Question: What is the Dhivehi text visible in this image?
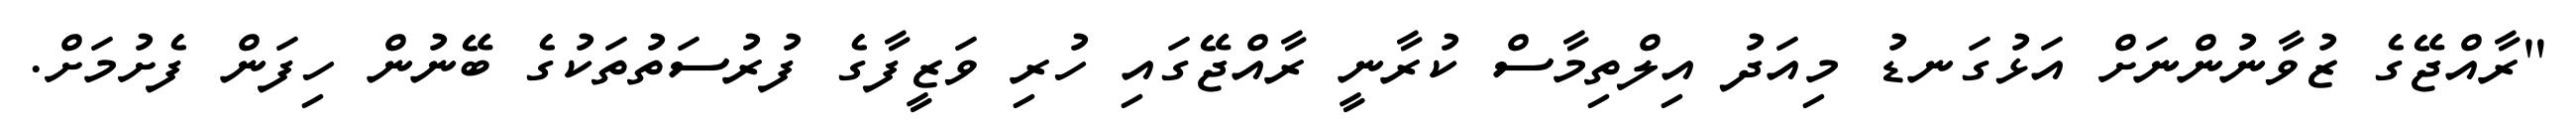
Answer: "ރާއްޖޭގެ ޒުވާނުންނަށް އަޅުގަނޑު މިއަދު އިލްތިމާސް ކުރާނީ ރާއްޖޭގައި ހުރި ވަޒީފާގެ ފުރުސަތުތަކުގެ ބޭނުން ހިފަން ފެށުމަށް.